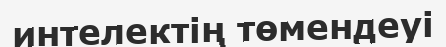
интелектің төмендеуі